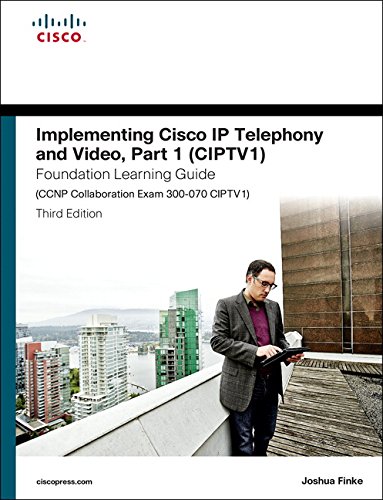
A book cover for Implementing Cisco IP Telephony and Video, Part 1 (CIPTV1) Foundation Learning Guide (CCNP Collaboration Exam 300-070 CIPTV1) (3rd Edition) (Foundation Learning Guides); Joshua Finke; Computers & Technology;